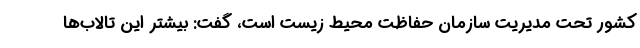
کشور تحت مدیریت سازمان حفاظت محیط زیست است، گفت: بیشتر این تالاب‌ها